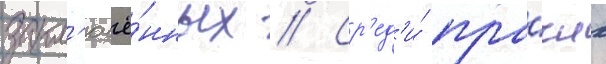
закл'ючё́нных // Ср'ед'и́ про́чих